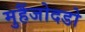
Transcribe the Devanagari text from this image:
मुहैंजोदडो